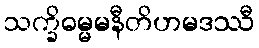
သက္ခိဓမ္မမနီတိဟမဒဿီ